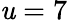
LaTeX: \mathit{u}=7